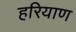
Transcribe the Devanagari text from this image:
हरियाण